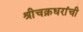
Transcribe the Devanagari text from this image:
श्रीचक्रधरांची